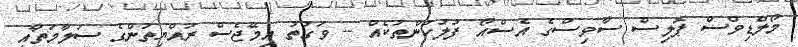
މޯލްޑިވްސް ޕޮލިސް ސާވިސްގެ އެސްއޯ ފުލުހުންތަކެއް -- ވަގުތު އިމޭޖެސް ރައްޔިތުންގެ ސަލާމަތާއި